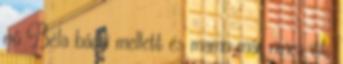
nő Béla bácsi mellett és mama már nincs itt,